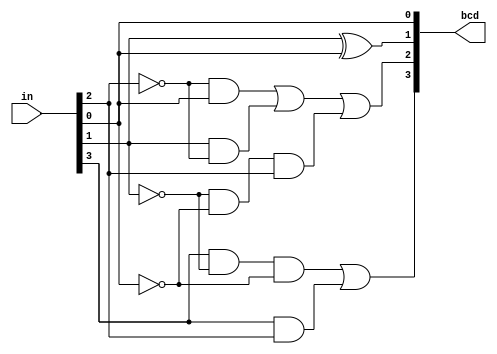
module qbcd(in,bcd);
	input [3:0] in;
	output [3:0] bcd;
	wire [3:0] bcd;
	assign bcd[0] = in[0];
	assign bcd[1] = in[1] ^ in[0];
	assign bcd[2] = ~in[2]&in[0] | in[1]&~in[2] | ~in[1]&~in[0]&in[2];
	assign bcd[3] = in[3]&~in[1]&~in[0] | in[3]&in[2];
endmodule